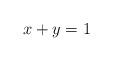
LaTeX: \begin{align*}x + y = 1\end{align*}